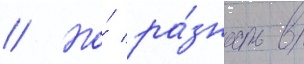
// Но́ ра́зность в